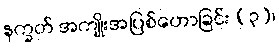
နက္ခတ် အကျိုးအပြစ်ဟောခြင်း (၃)၊